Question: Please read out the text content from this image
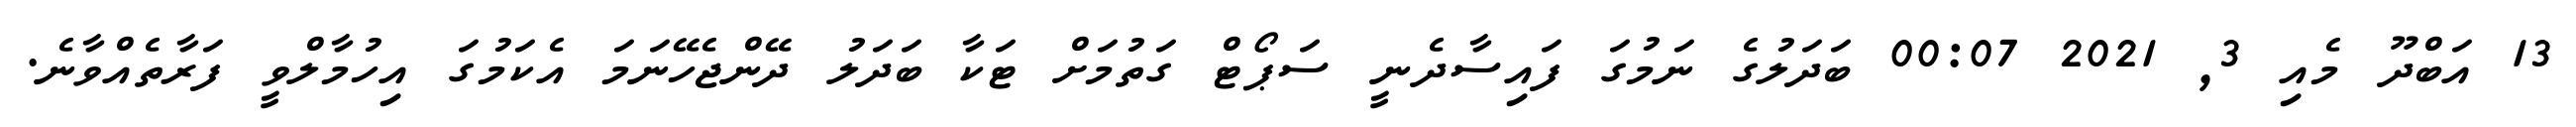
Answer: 13 އަބްދޫ މެއި 3, 2021 00:07 ބަދަލުގެ ނަމުގަ ފައިސާދެނީ ސަޕޯޓް ގަތުމަށް ޓަކާ ބަދަލު ދޭންޖެހޭނަމަ އެކަމުގަ އިހުމާލްވީ ފަރާތެއްވާނެ.